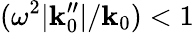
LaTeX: (\omega^{2}|\mathbf{k}_{0}^{\prime\prime}|/\mathbf{k}_{0})<1